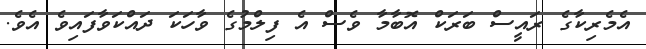
އެމެރިކާގެ ރައީސް ބަރަކް އޮބާމާ ވެސް އެ ފިލްމުގެ ވާހަކަ ދައްކަވާފައިވެ އެވެ.